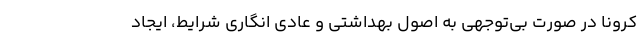
کرونا در صورت بی‌توجهی به اصول بهداشتی و عادی انگاری شرایط، ایجاد